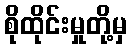
စိုထိုင်းမှုတို့မှ